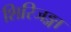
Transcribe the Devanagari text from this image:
शिरिजङ्गा